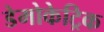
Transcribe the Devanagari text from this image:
डेमोकेट्रिक